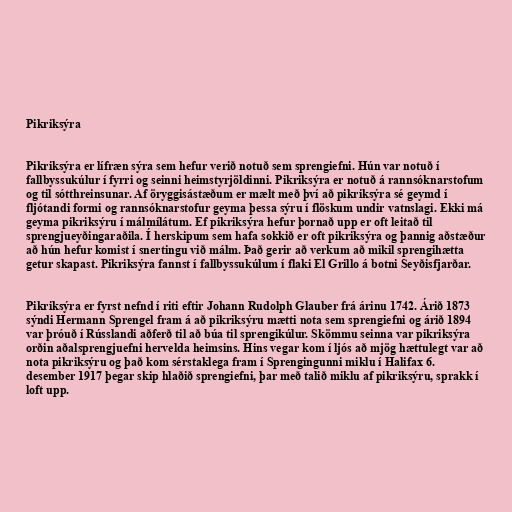
Pikriksýra

Pikriksýra er lífræn sýra sem hefur verið notuð sem sprengiefni. Hún var notuð í
fallbyssukúlur í fyrri og seinni heimstyrjöldinni. Pikriksýra er notuð á rannsóknarstofum
og til sótthreinsunar. Af öryggisástæðum er mælt með því að pikriksýra sé geymd í
fljótandi formi og rannsóknarstofur geyma þessa sýru í flöskum undir vatnslagi. Ekki má
geyma pikriksýru í málmílátum. Ef pikriksýra hefur þornað upp er oft leitað til
sprengjueyðingaraðila. Í herskipum sem hafa sokkið er oft pikriksýra og þannig aðstæður
að hún hefur komist í snertingu við málm. Það gerir að verkum að mikil sprengihætta
getur skapast. Pikriksýra fannst í fallbyssukúlum í flaki El Grillo á botni Seyðisfjarðar.

Pikriksýra er fyrst nefnd í riti eftir Johann Rudolph Glauber frá árinu 1742. Árið 1873
sýndi Hermann Sprengel fram á að pikriksýru mætti nota sem sprengiefni og árið 1894
var þróuð í Rússlandi aðferð til að búa til sprengikúlur. Skömmu seinna var pikriksýra
orðin aðalsprengjuefni hervelda heimsins. Hins vegar kom í ljós að mjög hættulegt var að
nota pikriksýru og það kom sérstaklega fram í Sprengingunni miklu í Halifax 6.
desember 1917 þegar skip hlaðið sprengiefni, þar með talið miklu af pikriksýru, sprakk í
loft upp.